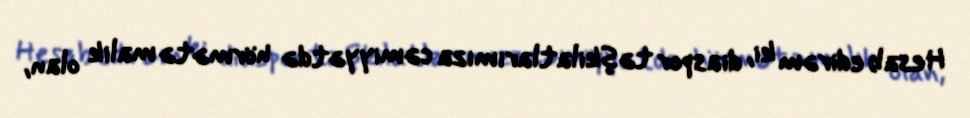
Hesab edirəm ki, diaspor təşkilatlarımıza cəmiyyətdə hörmətə malik olan,